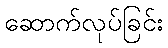
ဆောက်လုပ်ခြင်း